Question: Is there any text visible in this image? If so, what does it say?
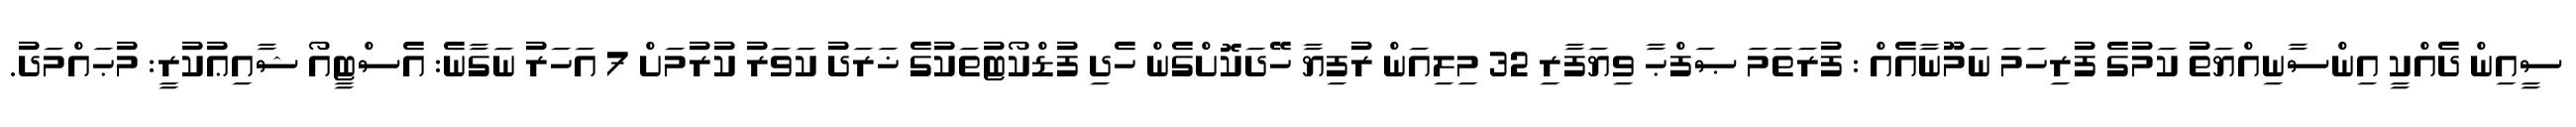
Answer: ސީއިން ދެއްކީ އިންސާނިއްޔަތު ކަމުގެ ފުރިހަމަ ނަމޫނާއެއް : ފުރަތަމަ ޞަފްޙާ ވިޔަފާރި 32 މިލިއަން ރުފިޔާ ހޭދަކޮށްގެން ހެދި ފުޑްކޯޓުތަކުގެ ޚަރަދު ކަވަރު ކުރުމަށް 7 އަހަރު ނަގާނެ: އެސްޓީއޯ ޝާއިޢުކުރީ: މުޙައްމަދު.